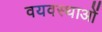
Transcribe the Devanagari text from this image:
वयवस्थाओं